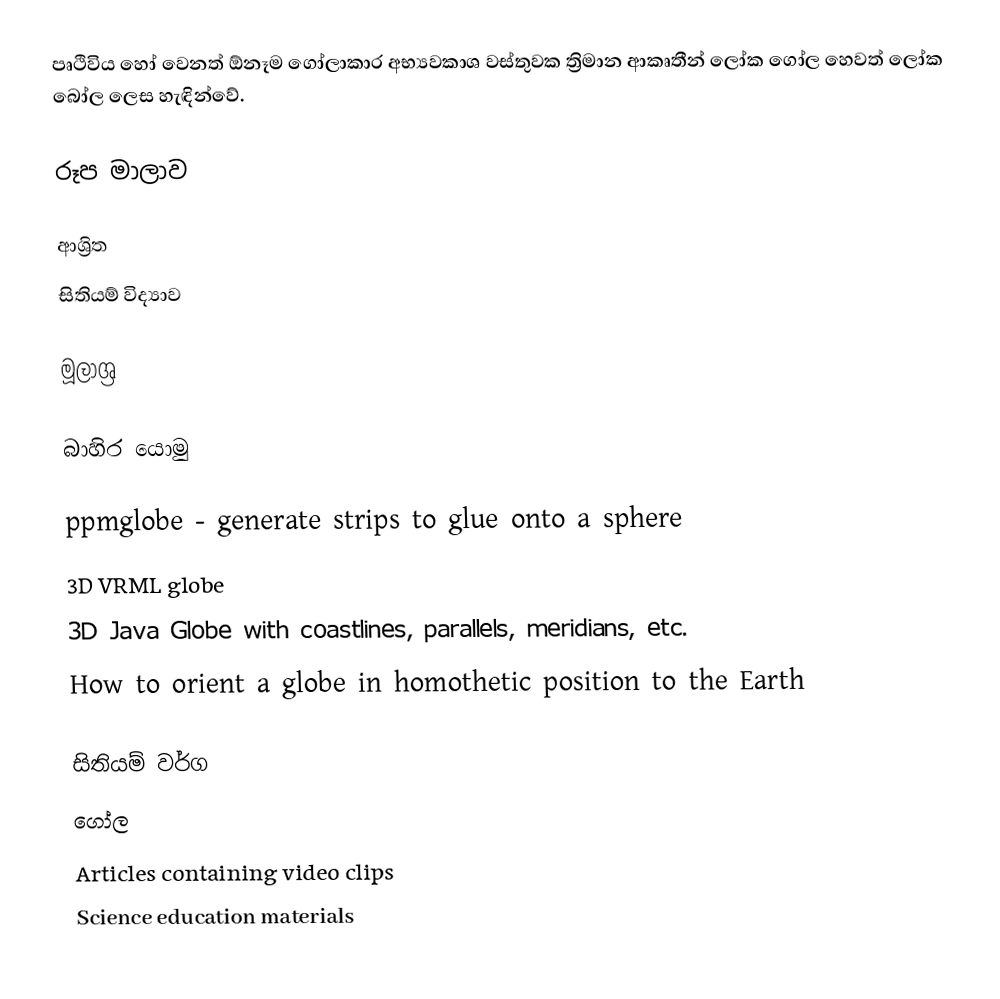
පෘථිවිය හෝ වෙනත් ඕනෑම ගෝලාකාර අභ්‍යවකාශ වස්තුවක ත්‍රිමාන ආකෘතීන් ලෝක ගෝල හෙවත් ලෝක බෝල ලෙස හැඳින්වේ.

රූප මාලාව

ආශ්‍රිත
 සිතියම් විද්‍යාව

මූලාශ්‍ර

බාහිර යොමු

ppmglobe - generate strips to glue onto a sphere
3D VRML globe
3D Java Globe with coastlines, parallels, meridians, etc.
How to orient a globe in homothetic position to the Earth

සිතියම් වර්ග
ගෝල
Articles containing video clips
Science education materials